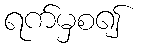
ရက်မှစ၍